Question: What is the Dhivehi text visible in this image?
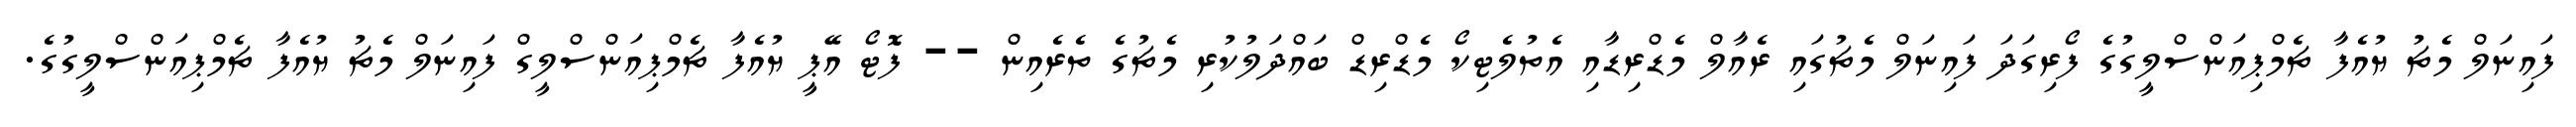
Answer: ފައިނަލް މެޗު ޔުއެފާ ޗެމްޕިއަންސްލީގުގެ ފޯރިގަދަ ފައިނަލް މެޗުގައި ރެއާލް މެޑްރިޑާއި އެތުލެޓިކޯ މެޑްރިޑް ބައްދަލުކުރި މެޗުގެ ތެރެއިން -- ފޮޓޯ އޭޕީ ޔުއެފާ ޗެމްޕިއަންސްލީގް ފައިނަލް މެޗު ޔުއެފާ ޗެމްޕިއަންސްލީގުގެ.